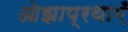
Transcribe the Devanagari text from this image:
ओझाप्रथाएँ